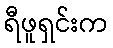
ရီဖူရှင်းက